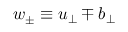
\boldsymbol { w } _ { \pm } \equiv \boldsymbol { u } _ { \perp } \mp \boldsymbol { b } _ { \perp }